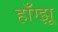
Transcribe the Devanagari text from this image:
हाँग्झू